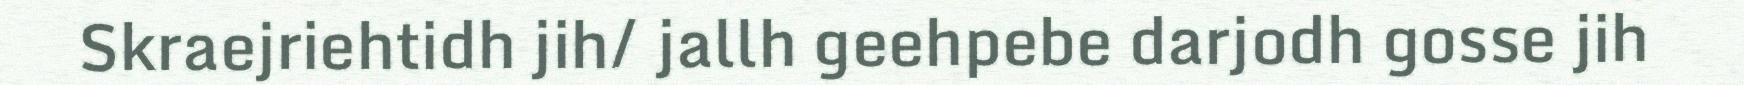
Skraejriehtidh jih/ jallh geehpebe darjodh gosse jih